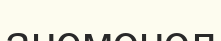
анемонол